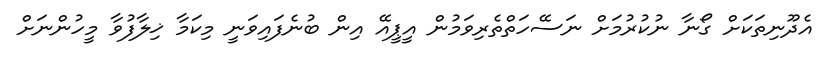
އެދޫނިތަކަށް ގޯނާ ނުކުރުމަށް ނަސޭހަތްތެރިވަމުން އީޕީއޭ އިން ބުނެފައިވަނީ މިކަމާ ޚިލާފުވާ މީހުންނަށް